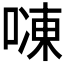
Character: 𱓾